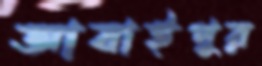
আবাইপুর